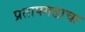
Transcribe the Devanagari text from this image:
प्रतापगडाचा